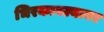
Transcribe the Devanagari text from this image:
भिरकावल्यावर